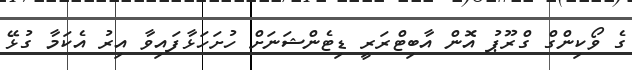
ގެ ވޯކިންގް ގްރޫޕު އޮން އާބިޓްރަރީ ޑިޓެންޝަނަށް ހުށަހަޅާފައިވާ އިރު އެކަމާ ގުޅޭ